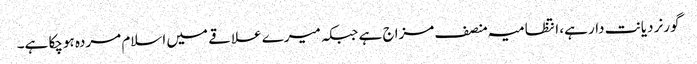
گورنر دیانت دار ہے، انتظامیہ منصف مزاج ہے جبکہ میرے علاقے میں اسلام مردہ ہوچکا ہے۔